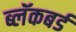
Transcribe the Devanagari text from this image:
ब्लॅकबर्ड